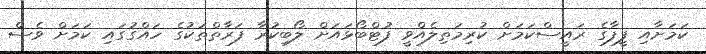
ކަމަށާއި ފީފާގެ ރައީސްކަމަށް ކުރިމަތިލެއްވީ ފުޓްބޯޅައަށް ލޯބިކުރާ ފަރާތްތަކުގެ ހައްގުގައި ކަމަށް ވެސް